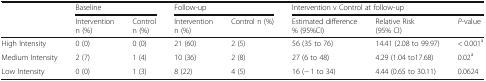
|  | <COLSPAN=2> Baseline | <COLSPAN=2> Follow-up | <COLSPAN=3> Intervention v Control at follow-up |
 |  | Intervention n (%) | Control n (%) | Intervention n (%) | Control n (%) | Estimated difference % (95%CI) | Relative Risk (95% CI) | P-value |
 | --- | --- | --- | --- | --- | --- | --- | --- |
 | High Intensity | 0 (0) | 0 (0) | 21 (60) | 2 (5) | 56 (35 to 76) | 14.41 (2.08 to 99.97) | < 0.001a |
 | Medium Intensity | 2 (7) | 1 (4) | 10 (36) | 2 (8) | 27 (6 to 48) | 4.29 (1.04 to17.68) | 0.02a |
 | Low Intensity | 0 (0) | 1 (3) | 8 (22) | 4 (5) | 16 (− 1 to 34) | 4.44 (0.65 to 30.11) | 0.0624 |